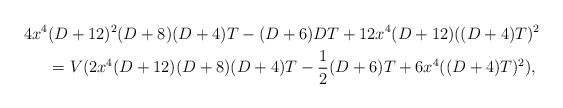
LaTeX: \begin{align*}4x^4 & (D+12)^2(D+8)(D+4)T - (D+6)DT + 12x^4(D+12)((D+4)T)^2 \\& = V(2x^4(D+12)(D+8)(D+4)T - \frac{1}{2}(D+6)T + 6x^4((D+4)T)^2), \end{align*}